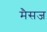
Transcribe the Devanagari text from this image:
मैसज